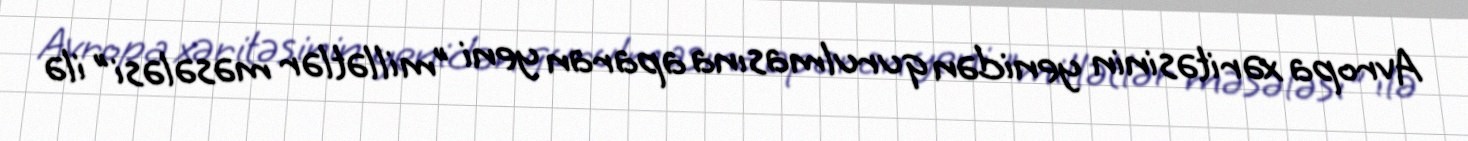
Avropa xəritəsinin yenidən qurulmasına aparan yeni "millətlər məsələsi" ilə